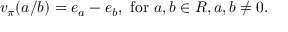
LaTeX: v _ { \pi } ( a / b ) = e _ { a } - e _ { b } , { \mathrm { ~ f o r ~ } } a , b \in R , a , b \neq 0 .